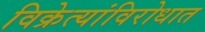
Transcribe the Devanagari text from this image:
विक्रेत्यांविरोधात